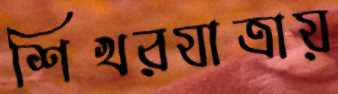
শিখরযাত্রায়